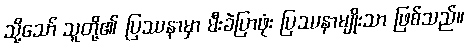
သို့သော် သူတို့၏ ပြဿနာမှာ မီးခဲပြာဖုံး ပြဿနာမျိုးသာ ဖြစ်သည်။